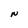
Character: N